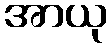
အာယု